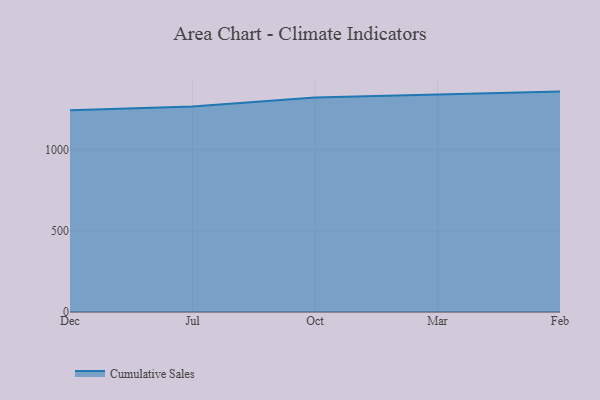
{"axis": {"x": "Month", "y": "LTV (USD)"}, "legend": ["Cumulative Sales"], "data": [{"x": "Dec", "y": 1244.7, "type": "Cumulative Sales"}, {"x": "Jul", "y": 1267.8, "type": "Cumulative Sales"}, {"x": "Oct", "y": 1322.2, "type": "Cumulative Sales"}, {"x": "Mar", "y": 1342.8, "type": "Cumulative Sales"}, {"x": "Feb", "y": 1359.3, "type": "Cumulative Sales"}]}